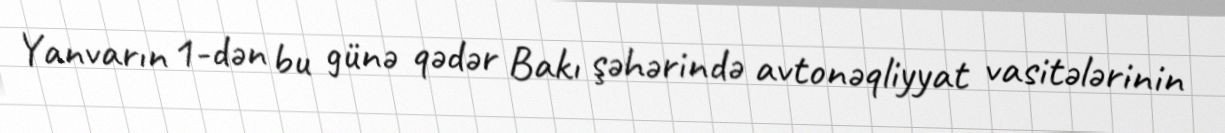
Yanvarın 1-dən bu günə qədər Bakı şəhərində avtonəqliyyat vasitələrinin